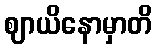
ဈာယိနောမှာတိ